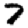
Digit: 7